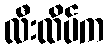
လီးထိပ်က